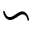
\backsim